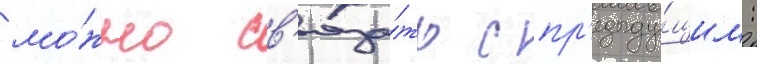
мо́жно св'яза́ть с пр'едыду́щим: